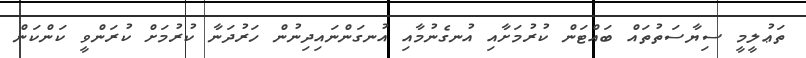
ތަޢުލީމީ ސިޔާސަތުތައް ބައްޓަން ކުރުމަށާއި އުނގެނުމާއި އުނގަންނައިދިނުން ހަރުދަނާ ކުރުމަށް ކުރަންވީ ކަންކަން